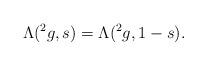
LaTeX: \begin{align*}\Lambda(^2 g,s) = \Lambda(^2 g,1-s).\end{align*}